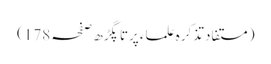
(مستفاد تذکرہ علماء پرتاپگڑھ صفحہ 178)